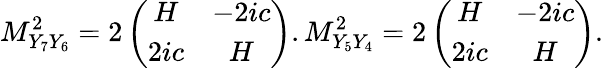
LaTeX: M_{Y_{7}Y_{6}}^{2}=2\left(\begin{array}{cc}{{H}}&{{-2ic}}\\ {{2ic}}&{{H}}\end{array}\right).M_{Y_{5}Y_{4}}^{2}=2\left(\begin{array}{cc}{{H}}&{{-2ic}}\\ {{2ic}}&{{H}}\end{array}\right).